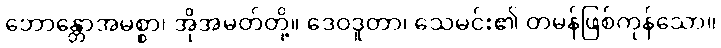
ဘောန္တောအမစ္စာ၊ အိုအမတ်တို့။ ဒေဝဒူတာ၊ သေမင်း၏ တမန်ဖြစ်ကုန်သော။